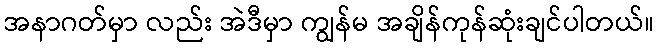
အနာဂတ်မှာ လည်း အဲဒီမှာ ကျွန်မ အချိန်ကုန်ဆုံးချင်ပါတယ်။